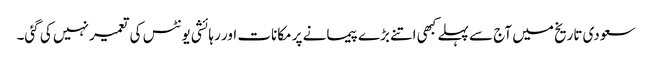
سعودی تاریخ میں آج سے پہلے کبھی اتنے بڑے پیمانے پر مکانات اور رہائشی یونٹس کی تعمیر نہیں کی گئی۔